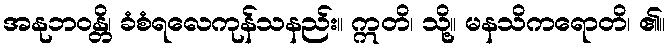
အနုဘဝန္တိ၊ ခံစံရလေကုန်သနည်း။ ဣတိ၊ သို့။ မနသိကရောတိ၊ ၏။